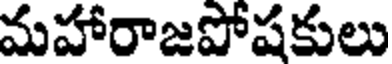
మహారాజపోషకులు